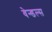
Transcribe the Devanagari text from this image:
वेन्डल्स